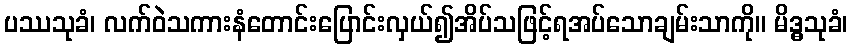
ပဿသုခံ၊ လက်ဝဲသကားနံတောင်းပြောင်းလှယ်၍အိပ်သဖြင့်ရအပ်သောချမ်းသာကို။ မိဒ္ဓသုခံ၊